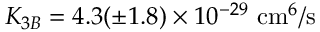
K _ { 3 B } = 4 . 3 ( \pm 1 . 8 ) \times 1 0 ^ { - 2 9 } \mathrm { ~ c m } ^ { 6 } / \mathrm { s }